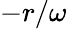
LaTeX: -r/\omega